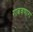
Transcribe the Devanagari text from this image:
राबवणारा